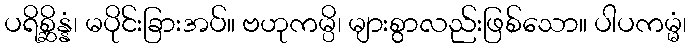
ပရိစ္ဆိန္နံ၊ မပိုင်းခြားအပ်။ ဗဟုကမ္ပိ၊ များစွာလည်းဖြစ်သော။ ပါပကမ္မံ၊